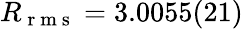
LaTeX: R_{\mathrm{~r~m~s~}}=3.0055(21)